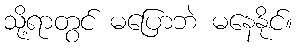
သို့ရာတွင် မပြောဘဲ မနေနိုင်။